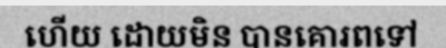
ហើយ ដោយមិន បានគោរពទៅ